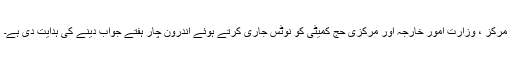
مرکز ، وزارت امور خارجہ اور مرکزی حج کمیٹی کو نوٹس جاری کرتے ہوئے اندرون چار ہفتے جواب دینے کی ہدایت دی ہے۔